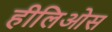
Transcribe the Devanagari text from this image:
हीलिओस